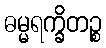
ဓမ္မရက္ခိတဉ္စ